Annual report on the working of the Harcourt Butler Institute of Public Health, Rangoon
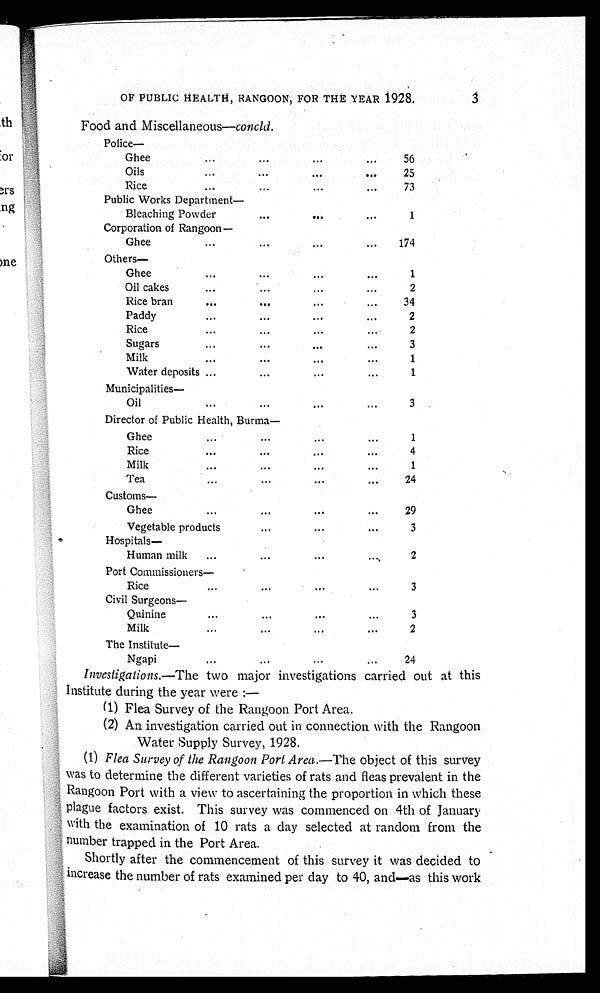
OF PUBLIC HËALTH, RANGOON, FOR THE YEAR 1928.
Food and Miscellaneous—c o n c l d .
Police—
Ghee . . .
56
O i l s . . .
25
Rice . . .
73
Public Works Department
—
Bleaching Powder . . .
1
Corporation of Rangoon—
Ghee . . .
174
Others—
Ghee . . .
1
Oil cakes . . .
2
Rice bran . . .
34
Paddy . . .
2
Rice . . .
2
Sugars . . .
3
Milk . . .
1
Water deposits . . .
1
Municipalities—
Oil. . .
3
Director of Public Health, Burma—
Ghee . . .
1
Rice . . .
4
Milk . . .
1
Tea . . .
24
Customs—
Ghee . . .
29
Vegetable products . . .
3
Hospitals—
Human milk . . .
2
P o r t C o m m i s s i o n e r s —
Rice . . .
3
Civil Surgeons—
Quinine . . .
3
Milk . . .
2
The Institute—
Ngapi . . .
24
Investigations.—The two major investigations carried out at this
Institute during the year were :
—
(1) Flea Survey of the Rangoon Port Area.
(2) An investigation carried out in connection with the Rangoon
Water Supply Survey, 1928.
(1) Flea Survey of the Rangoon Port Area.—The object of this survey
was to determine the different varieties of rats and fleas prevalent in the
Rangoon Port with a view to ascertaining the proportion in which these
plague factors exist. This survey was commenced on 4th of January
with the examination of 10 rats a day selected at random from the
number trapped in the Port Area.
Shortly after the commencement of this survey it was decided to
increase the number of rats examined per day to 40, and—as this work
3